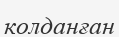
колданған